French assistants in Scottish schools and training centres, 1926
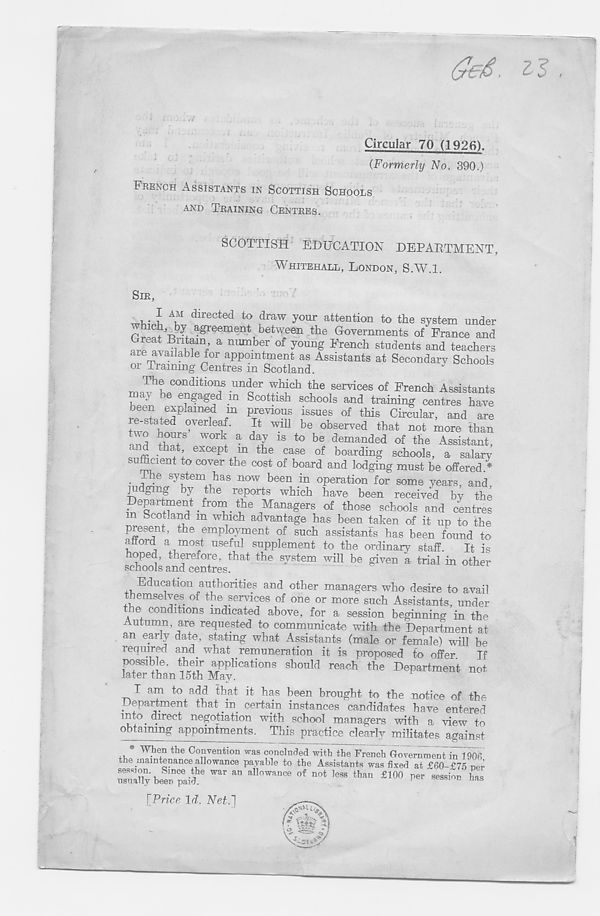
get. il
Circular 70 (1926).
(Formerly No. 390.)
FRENCH ASSISTANTS IN SCOTTISH SCHOOLS
AND TRAINING CENTRES.
SCOTTISH EDUCATION DEPARTMENT,
WHITEHALL, LONDON, S.W.l.
SIR,
wTl . f
directed ^ draw your attention to the system under
rw A a^eement betwen the Governments of France and
a niunber of Wung French students and teachers
are available for appointment as Assistants at Secondary Schools
or Training Centres in Scotland.
T be conditions under which the services of French Assistants
hppr. 6
. m Scottis h schools and training centres have
been explained m previous issues of this Circular, and are
re-stated overleaf.
It will be observed that not more than
and tw 8 ^ a
18 to be de manded of the Assistant,
<
that, except m the case of boarding schools, a salary
suthcient to cover the cost of board and lodging must be offered.*
. 7 he system has now been in operation for some years, and
T-
T toe reports which have been received by the
Department from the Managers of those schools and centres
n bcotland m which advantage has been taken of it up to the
present, the employment of such assistants has been found to
afford a most useful supplement to the ordinary staff.
It is
hoped, therefore, that the system will be given a trial in other
schools and centres.
Education authorities and other managers who desire to avail
themselves of the services of one or more such Assistants, under
t e^ conditions indicated above, for a session beginning in the
Autumn, are requested to communicate with the Department at
an early date, stating what Assistants (male or female) will be
required and what remuneration it is proposed to offer
If
possible, their applications should reach the Department not
later than 15th May.
I am to add that it has been brought to the notice of the
Department that in certain instances candidates have entered
into direct negotiation with school managers with a Hew to
obtaining appointments. This practice clearly militates against
*
the Convention was concluded with the French Government in 190.;
the maintenance allowance payable to the Assistants was fixed at £60-£75 ner
usually
paid ^ ^ a,1°Wance of nr>t Iess
£100 per session has
[Price Id. Net.']